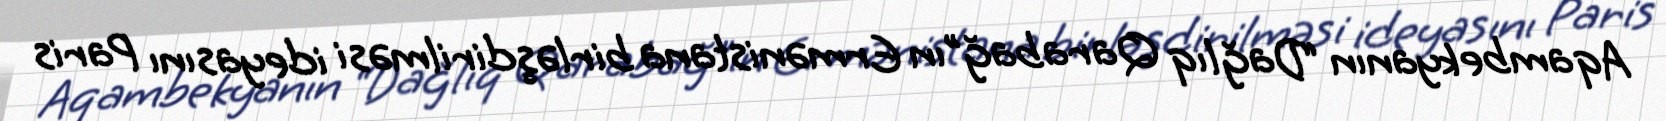
Aqambekyanın “Dağlıq Qarabağ”ın Ermənistana birləşdirilməsi ideyasını Paris